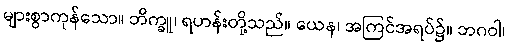
များစွာကုန်သော။ ဘိက္ခူ၊ ရဟန်းတို့သည်။ ယေန၊ အကြင်အရပ်၌။ ဘဂဝါ၊